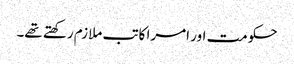
حکومت اور امرا کاتب ملازم رکھتے تھے۔